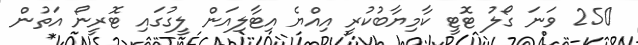
250 ވަނަ ގޯލު ޓޮޓީ ކާމިޔާބުކުރީ އިއްޔެ އިޓާލިއަން ލީގުގައި ޓޮރީނޯ އަތުން